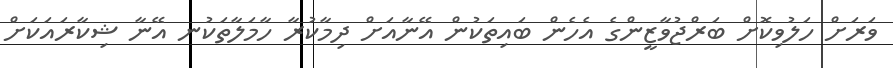
ވަރަށް ހަލުވިކޮށް ބަރްޖުވާޒީންގެ އެހެން ބައިތަކުން އޭނާއަށް ދިމާކުރާ ހާމަލާތަކުނ އޭނާ ޝިކާރައަކަށް